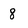
Character: 8